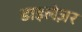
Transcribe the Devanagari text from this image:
डाइलेज़र